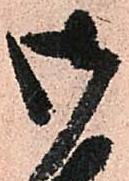
御